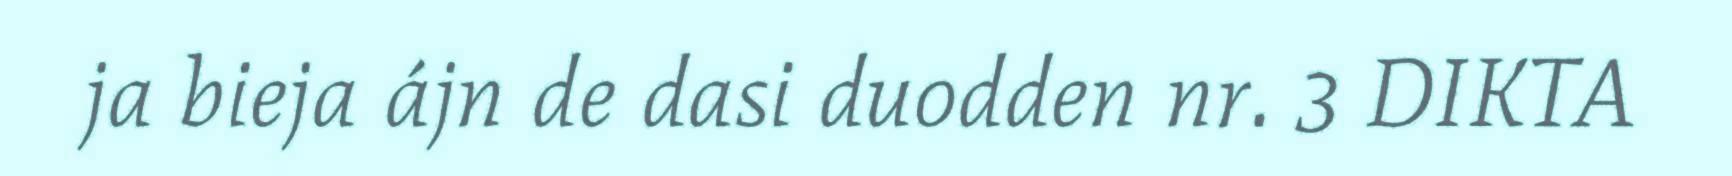
ja bieja ájn de dasi duodden nr. 3 DIKTA